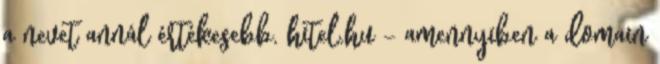
a nevet annál értékesebb. hitel.hu - amennyiben a domain